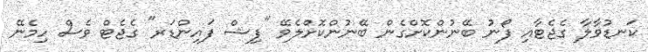
ކަނޑުވާލާ ގެޖެޓާއި ފޯނު ބޭނުންކޮށްގެން ބޭނުންކޮށްލެވޭ "ފިޝް ފައިންޑަރ" ގެޖެޓް ވެސް ހިމެނޭ